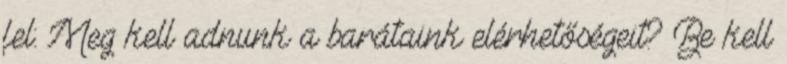
fel: Meg kell adnunk a barátaink elérhetőségeit? Be kell